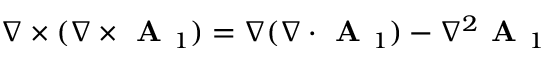
\nabla \times ( \nabla \times \textbf { A } _ { 1 } ) = \nabla ( \nabla \boldsymbol { \cdot } \textbf { A } _ { 1 } ) - \nabla ^ { 2 } \textbf { A } _ { 1 }